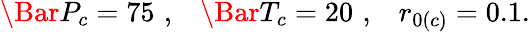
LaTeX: \Bar{P}_{c}=75\, \, ,\, \, \, \, \, \Bar{T}_{c}=20\, \, ,\, \, \, \, \, r_{0(c)}=0.1.